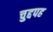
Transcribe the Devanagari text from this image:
चुद्दपह